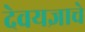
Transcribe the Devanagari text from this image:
देवयज्ञाचे